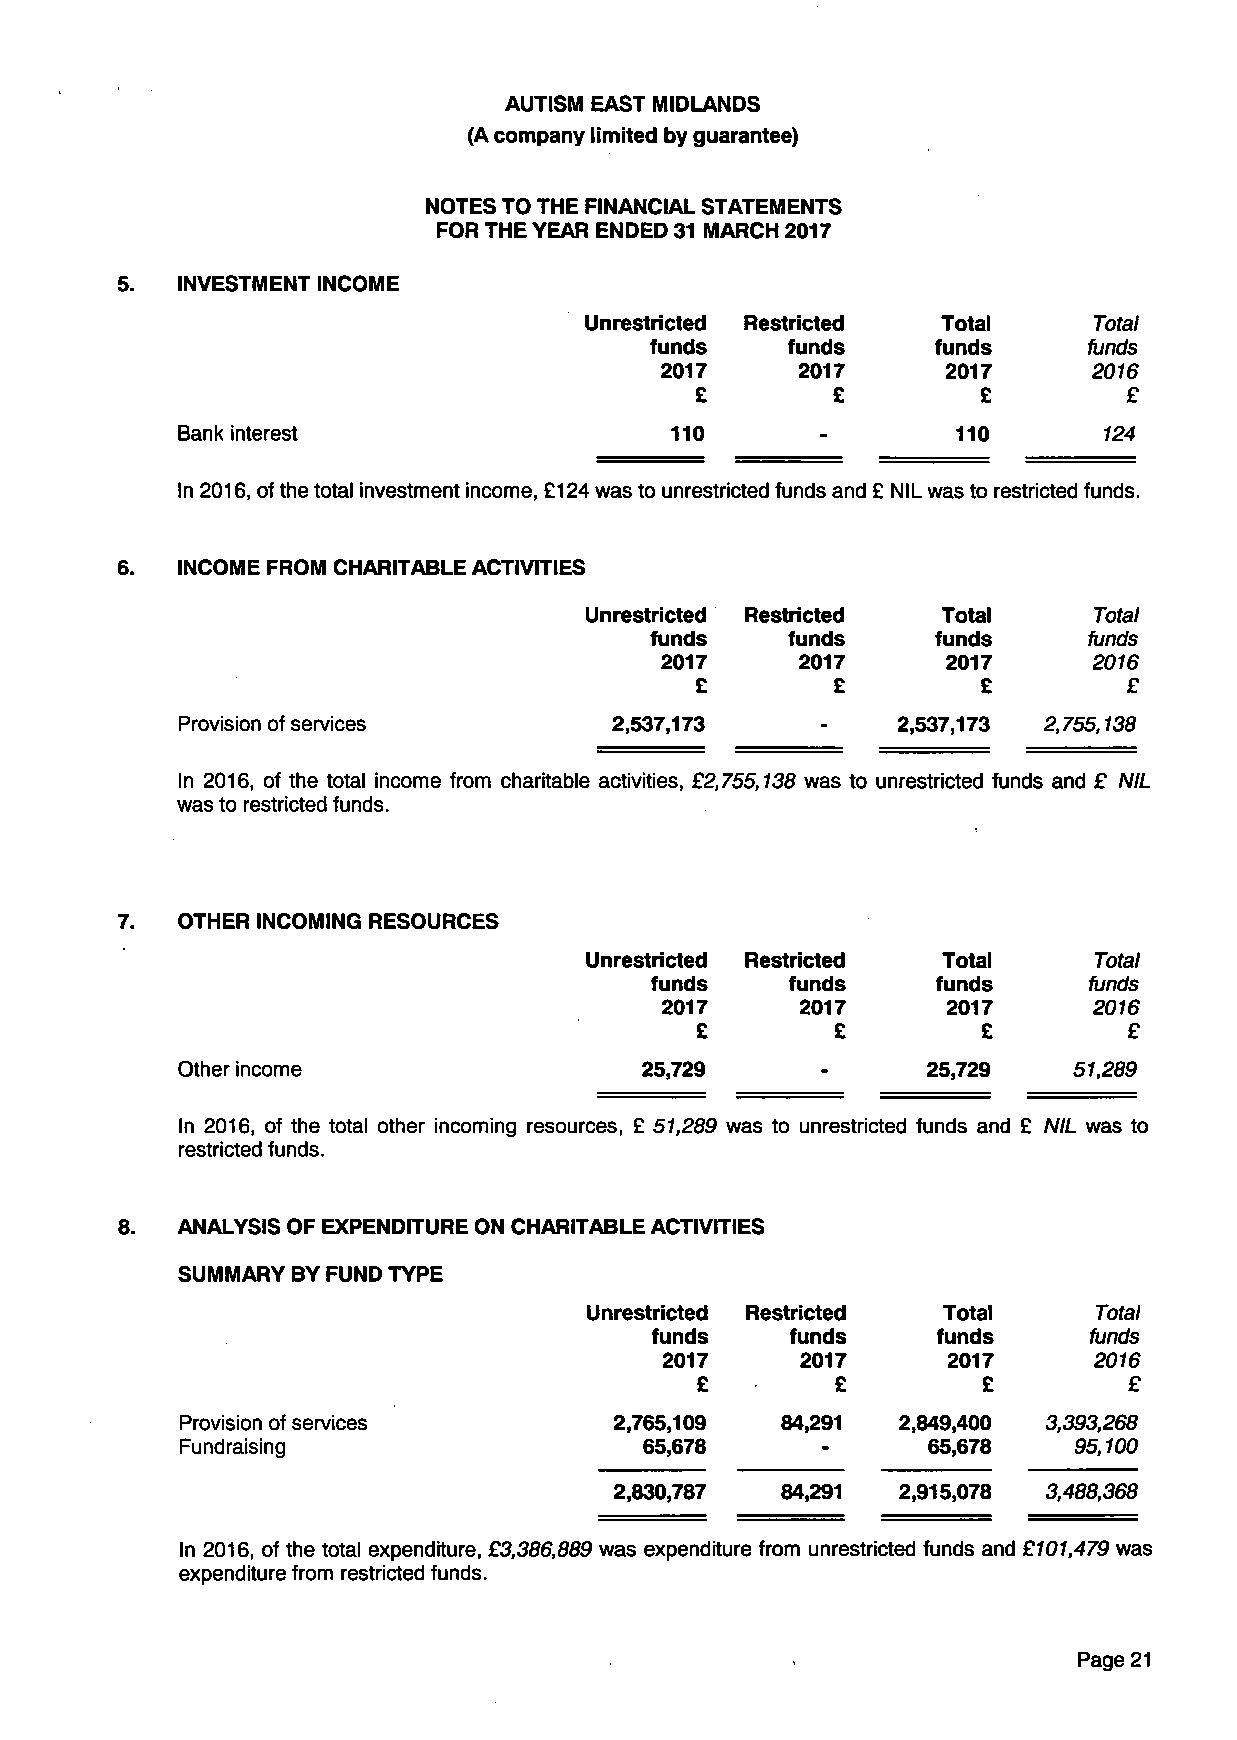
AUTISM EAST MIDLANDS
 (A company limited by guarantee)
 NOTES TO THE FINANCIAL STATEMENTS
 FOR THE YEAR ENDED 31 MARCH 2017
 5.  INVESTMENT INCOME
 Unrestricted Restricted Total    Total
 funds    funds     funds     funds
 2017     2017      2017     2016
 £        £         £         £
 Bank interest                   110       -        110       124
 In 2016, of the total investment income, £124 was to unrestricted funds and £ NIL was to restricted funds.
 6.  INCOME FROM CHARITABLE ACTIVITIES
 Unrestricted Restricted Total    Total
 funds    funds     funds     funds
 2017     2017      2017     2016
 £        £         £         £
 Provision of services        2,537,173    -    2,537,173 2,755,138
 In 2016, of the total income from charitable activities, £2,755,138 was to unrestricted funds and £ NIL
 was to restricted funds.
 7.  OTHER INCOMING RESOURCES
 Unrestricted Restricted Total    Total
 funds    funds     funds     funds
 2017     2017      2017     2016
 £        £         £         £
 Other income                  25,729      -      25,729    51,289
 In 2016, of the total other incoming resources, £ 51,289 was to unrestricted funds and £ NIL was to
 restricted funds.
 8.  ANALYSIS OF EXPENDITURE ON CHARITABLE ACTIVITIES
 SUMMARY BY FUND TYPE
 Unrestricted Restricted Total    Total
 funds    funds     funds     funds
 2017     2017      2017     2016
 £        £         £         £
 Provision of services        2,765,109  84,291 2,849,400 3,393,268
 Fundraising                    65,678            65,678    95,100
 2,830,787  84,291 2,915,078 3,488,368
 In 2016, of the total expenditure, £3,386,889 was expenditure from unrestricted funds and £101,479 was
 expenditure from restricted funds.
 Page 21